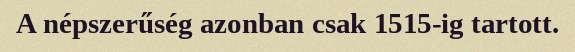
A népszerűség azonban csak 1515-ig tartott.